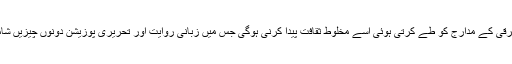
سوئم، اس ترقی کے مدارج کو طے کرتی ہوئی اسے مخلوط ثقافت پیدا کرنی ہوگی جس میں زبانی روایت اور تحریری پوزیشن دونوں چیزیں شامل ہوں گی۔